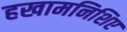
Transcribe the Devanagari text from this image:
हखामनिशिए